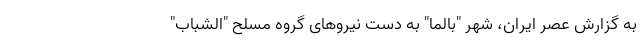
به گزارش عصر ایران، شهر "بالما" به دست نیروهای گروه مسلح "الشباب"